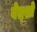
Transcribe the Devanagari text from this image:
बेत्शो